Leaving Certificate Examination, 1912
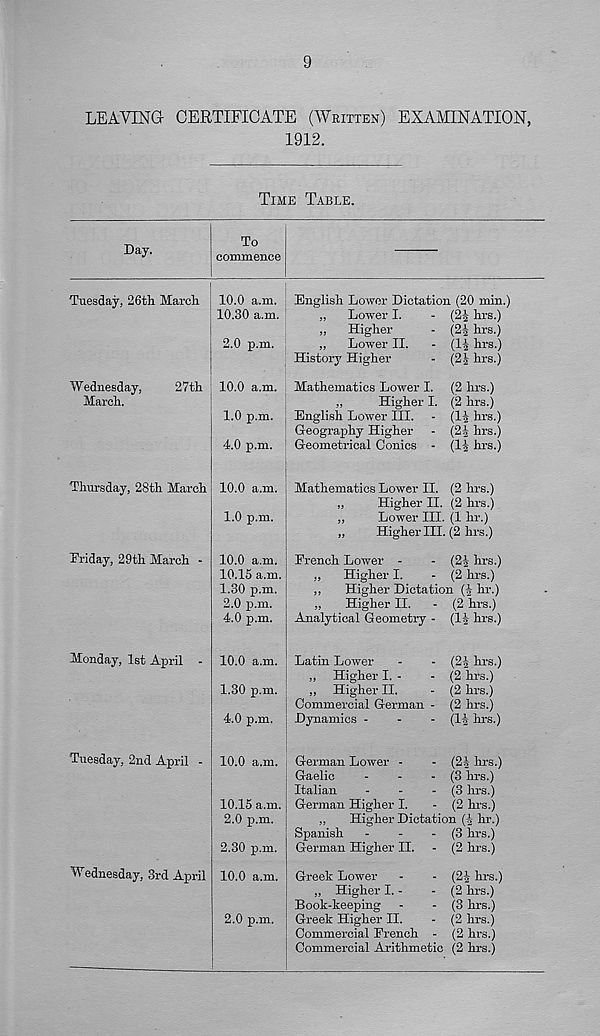
9
LEAVING CERTIFICATE (WRITTEN) EXAMINATION,
1912.
TIME TABLE.
Day.
To
commence
Tuesday, 26th March
Wednesday,
March.
27th
Thursday, 28th March
Friday, 29th March -
Monday, 1st April
Tuesday, 2nd April -
Wednesday, 3rd April
10.0 a.m. English Lower Dictation (20 min.)
10.30 a.m.
„
Lower I.
- (2J hrs.)
„ Higher
- (2-| hrs.)
2.0 p.m.
„ Lower II.
- (1^ hrs.)
History Higher
- (2| hrs.)
10.0 a.m. Mathematics Lower I. (2 hrs.)
„
Higher I. (2 hrs.)
1.0 p.m. English Lower III. - (1J hrs.)
Geography Higher - (24 hrs.)
4.0 p.m.
Geometrical Conics - (14 hrs.)
10.0 a.m. Mathematics Lower II. (2 hrs.)
„
Higher II. (2 hrs.)
1.0 p.m.
„
Lower III. (1 hr.)
„
Higher III. (2 hrs.)
10.0 a.m. French Lower -
- (2| hrs.)
10.15 a.m.
„
Higher I.
- (2 hrs.)
1.30 p.m.
,,
Higher Dictation (4 hr.)
2.0 p.m.
„
Higher II.
- (2 hrs.)
4.0 p.m.
Analytical Geometry - (14 hrs.)
10.0 a.m. Latin Lower
-
- (24 hrs.)
„ Higher I. -
- (2 hrs.)
1.30 p.m.
„ Higher II.
- (2 hrs.)
Commercial German - (2 hrs.)
4.0 p.m.
Dynamics -
-
- (14 hrs.)
10.0 a.m. German Lower -
- (24 hrs.)
Gaelic
-
-
- (3 hrs.)
Italian
-
-
- (3 hrs.)
10.15 a.m. German Higher I.
- (2 hrs.)
2.0 p.m.
„
Higher Dictation (4 hr.)
Spanish -
-
- (3 hrs.)
2.30 p.m. German Higher II. - (2 hrs.)
10.0 a.m. Greek Lower -
- (24 hrs.)
„ Higher I. -
- (2 hrs.)
Book-keeping -
- (3 hrs.)
2.0 p.m. Greek Higher II.
- (2 hrs.)
Commercial French - (2 hrs.)
Commercial Arithmetic (2 hrs.)